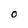
Character: O